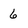
Character: 6